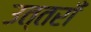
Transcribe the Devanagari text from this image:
उत्तराँ